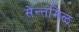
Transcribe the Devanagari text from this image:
सेन्तमिळ